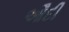
ઔદી